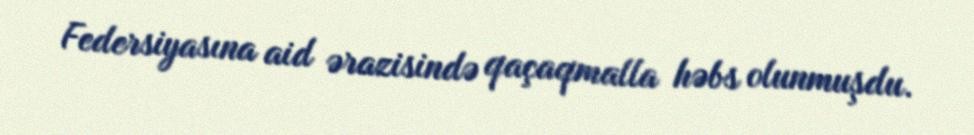
Federsiyasına aid ərazisində qaçaqmalla həbs olunmuşdu.